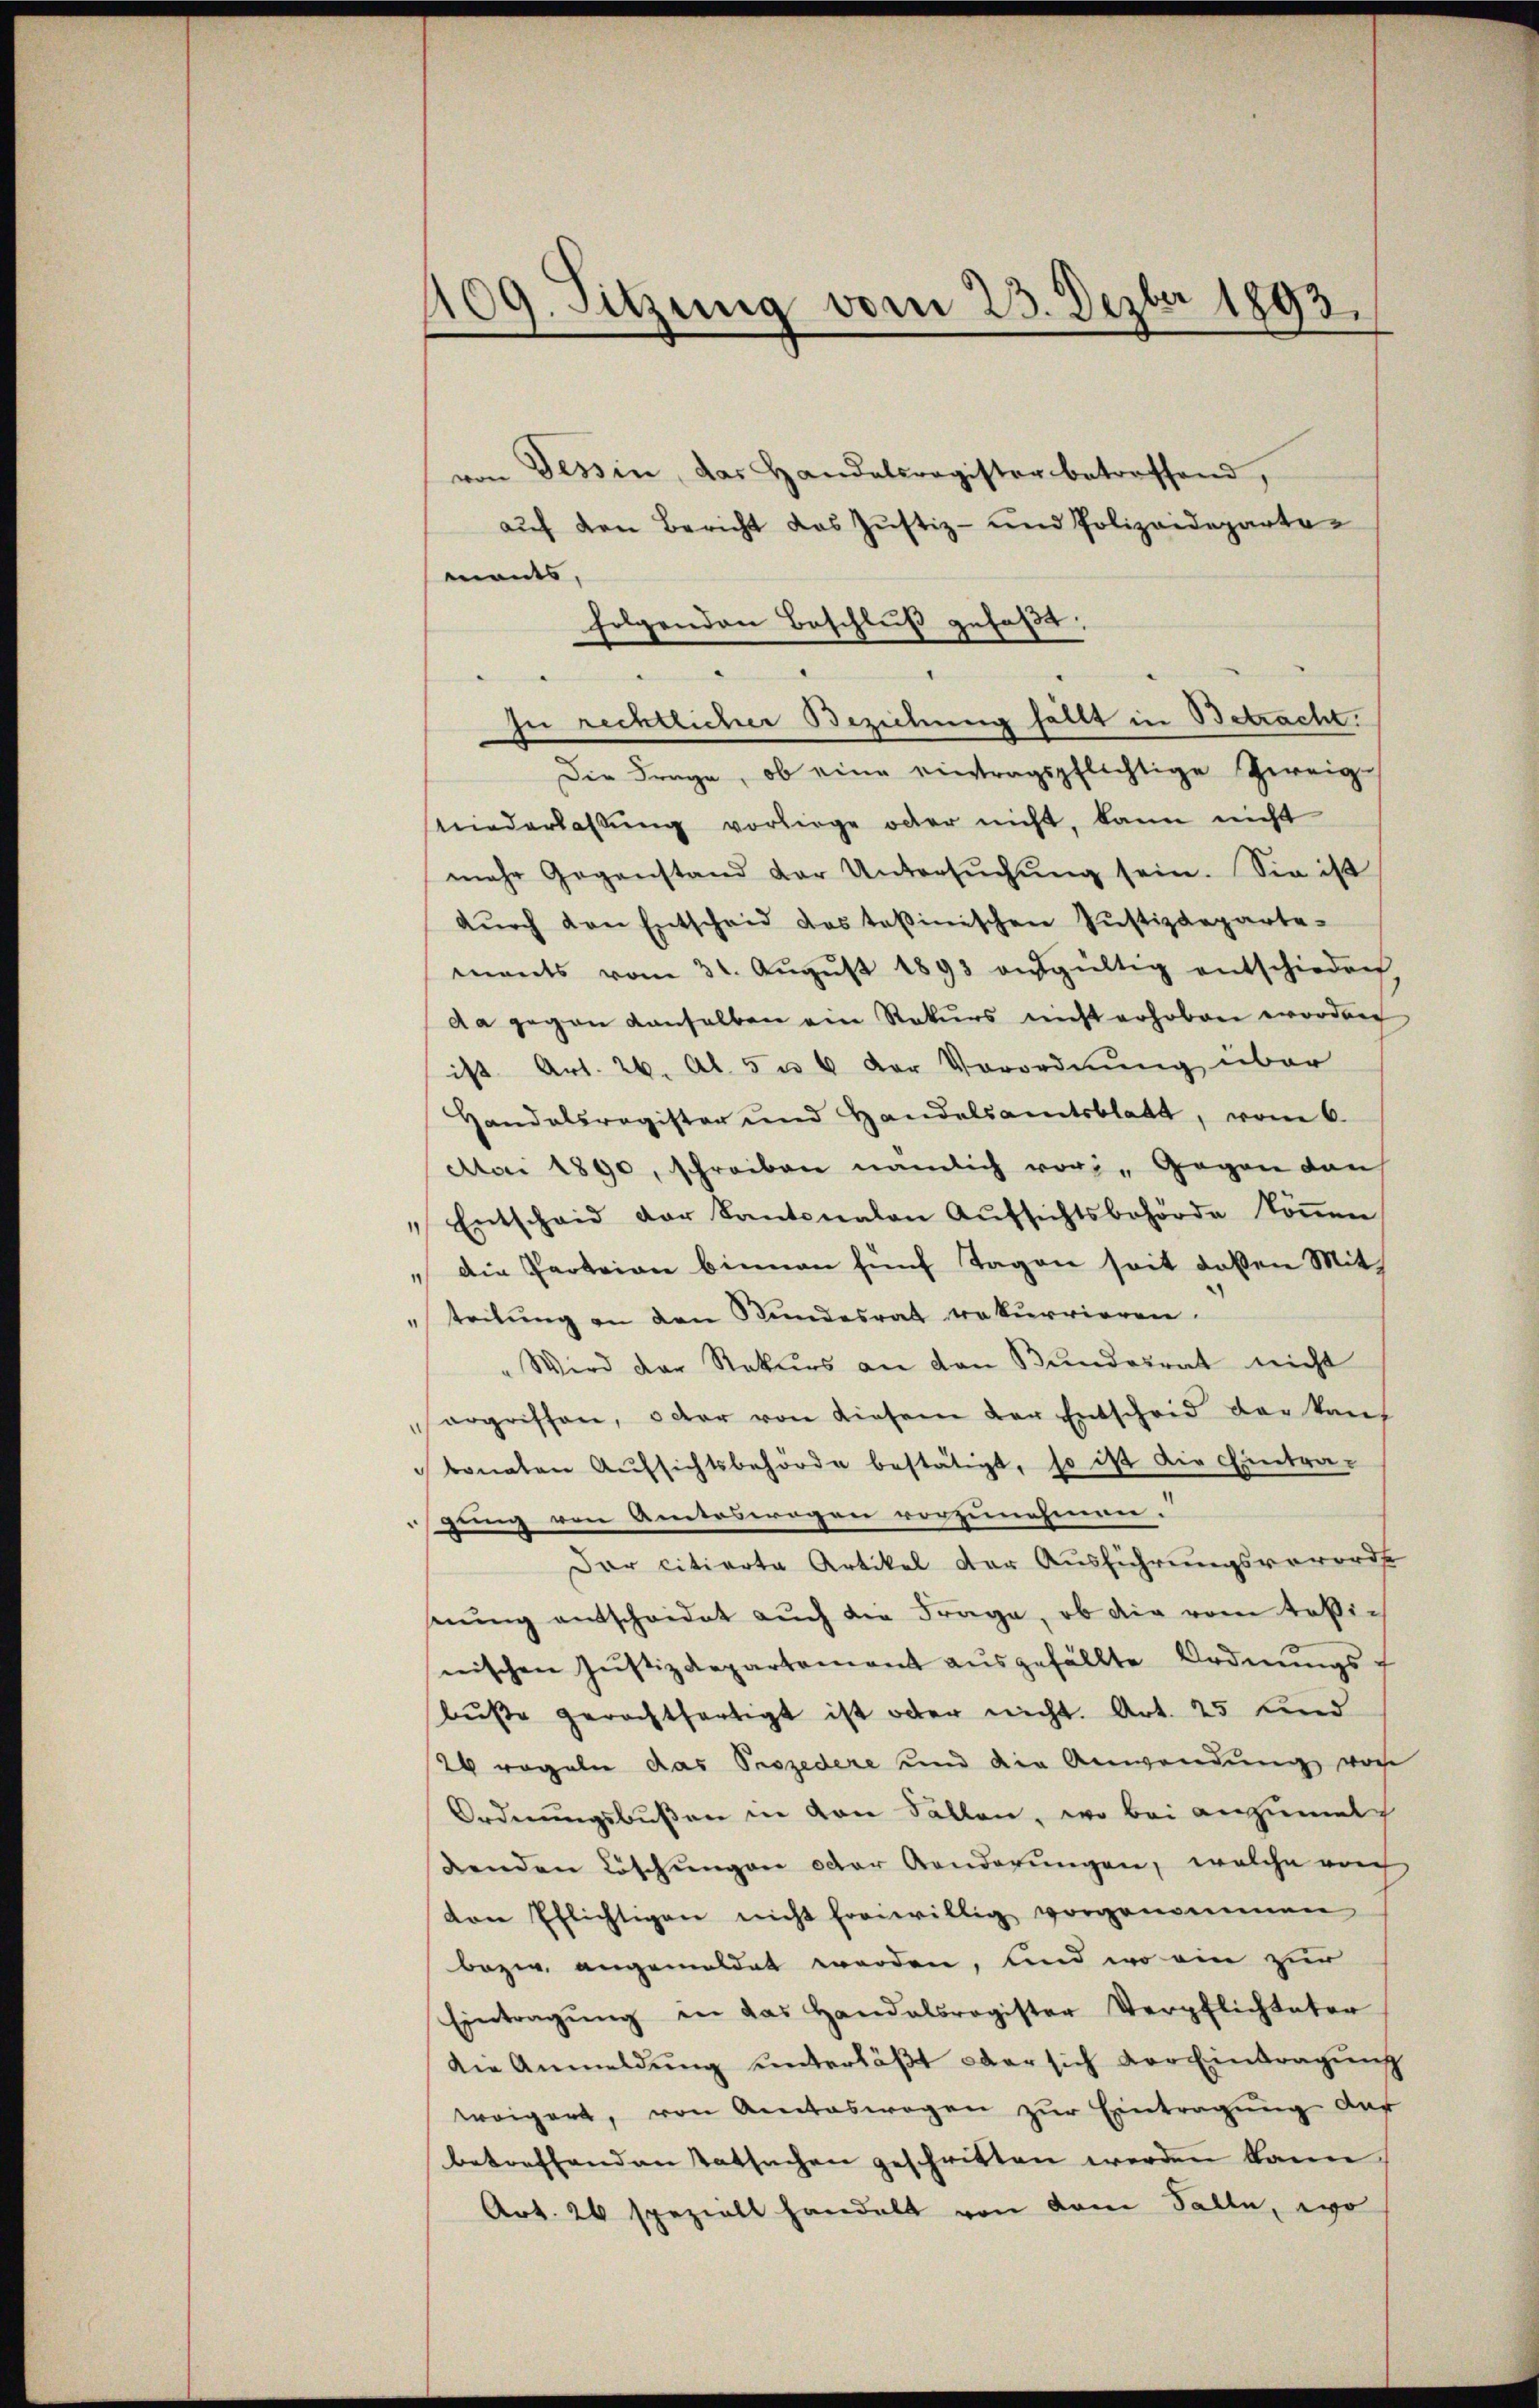
409. Sitzung vom 25. Dezbr 1893.

von Tessin, das Handelsregister betreffend,
auf den Bericht das Justiz- und Polizeidepartemants,
zu rechtlicher Beziehung fällt in Betracht.
Die Frage, ob eine eintragspflichtige Zweig-
niederlassŭng vorliege oder nicht, kann nicht
mehr Gegenstand der Untersŭchŭng sein. Sie ist
dŭrch den Entscheid das toβinischen Jŭstizdeparte-
ments vom 31. Aŭgŭst 1893 aŭsgültig entschieden
da gegen denselben ein Rekurs nicht erhoben worden
ist Art. 26. Al. 5 u 6 der Verordnung über
Handelsregister und Handelsamtsblatt, vom 6.
Mai 1890, schreiben nämlich vor Gegen dan
" Entscheid der Kantonalen Aŭfsichtsbehörde köṅen
" die Parteien binnen fünf Tagen seit deßen Mitteilung an den Bundesrat rekurrieren.
" Wird der Rekurs an den Bundesrat nicht
ergriffen, oder von diesem der Entscheid der kauf
bonaten Aŭfsichtsbehörde bestätigt, so ist die Eintra-
gung von Amteswegen vorzunehmnen.
Dar citierte Artikel der Ausführungsverorde
nŭng entscheidet aŭch die Frage, ob die vom totinischen Jŭstizdepartement aŭsgefällte Ordnŭngs-
buße gerechtfertigt ist oder nicht. Art. 25 und
26 regeln das Prozedere und die Anwendung von
Ordnungsbußen in von Fällen, wo bei anzumal
denden Löschungen oder Aenderungen, welche auch
von Ehlichtigen nicht freiwillig vorgenommen
bezw. angemeldet werden, und wo ein zur
Eintragŭng in das Handalsregister Verpflichteter
die Anmeldŭng ŭnterläβt aber sich der Eintragŭng
weigert, von Amteswegen zŭr Eintragung das
betreffenden Tatsachen geschritten werden kann,
Art. 20 spezielt handelt von dem Falle, wo

folgenden Beschluß gefaßt: